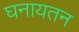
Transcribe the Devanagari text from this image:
घनायतन